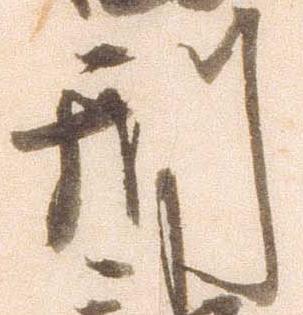
刑